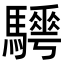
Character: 𩦰